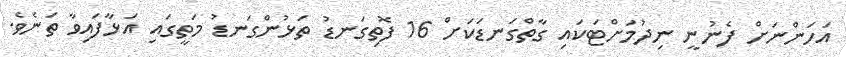
އަހަންނަށް ފެނުނީ ނިދުމަށްޓަކައި ގާތްގަނޑަކަށް 16 ފޮތިގަނޑު ތަޅުންގަނޑު މަތީގައި އަޅާފައިވާ ތަނެވެ.